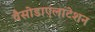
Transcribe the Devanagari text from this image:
वैसोडाएलाटेशन